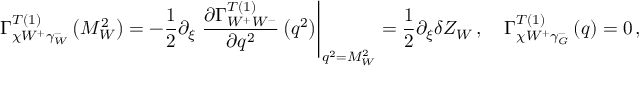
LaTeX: \Gamma _ { \chi W ^ { + } \gamma _ { W } ^ { - } } ^ { T \left( 1 \right) } \left( M _ { W } ^ { 2 } \right) = - \frac { 1 } { 2 } \partial _ { \xi } \left. \frac { \partial \Gamma _ { W ^ { + } W ^ { - } } ^ { T \left( 1 \right) } } { \partial q ^ { 2 } } \left( q ^ { 2 } \right) \right| _ { q ^ { 2 } = M _ { W } ^ { 2 } } = \frac { 1 } { 2 } \partial _ { \xi } \delta Z _ { W } \, , \quad \Gamma _ { \chi W ^ { + } \gamma _ { G } ^ { - } } ^ { T \left( 1 \right) } \left( q \right) = 0 \, ,